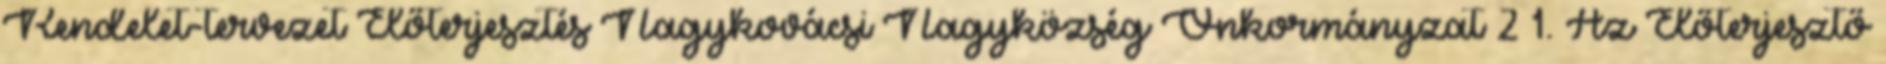
Rendelet-tervezet Előterjesztés Nagykovácsi Nagyközség Önkormányzat 2 1. Az Előterjesztő